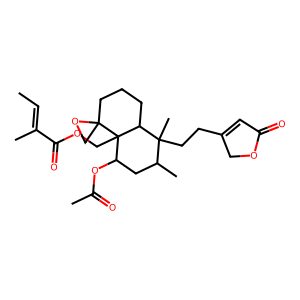
SMILES: CC=C(C)C(=O)OCC12C(OC(C)=O)CC(C)C(C)(CCC3=CC(=O)OC3)C1CCCC21CO1
Inhibits HIV replication: No